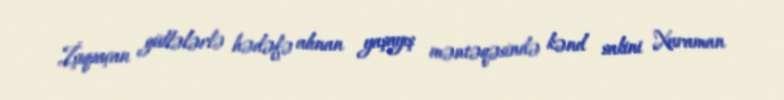
İşıqsaçan güllələrlə hədəfə alınan yaşayış məntəqəsində kənd sakini Xuraman